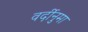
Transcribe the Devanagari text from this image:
वर्दीनुमा